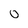
Character: 0